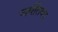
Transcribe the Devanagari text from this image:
जयंतिका